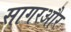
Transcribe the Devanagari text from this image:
सागरऔर